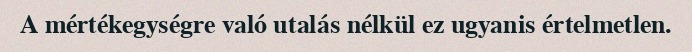
A mértékegységre való utalás nélkül ez ugyanis értelmetlen.